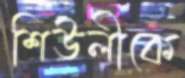
শিউলীকে